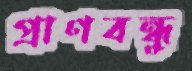
প্রাণবন্ধু